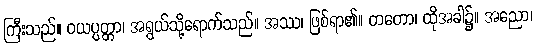
ကြီးသည်။ ဝယပ္ပတ္တာ၊ အရွယ်သို့ရောက်သည်။ အဿ၊ ဖြစ်ရာ၏။ တတော၊ ထိုအခါ၌။ အညော၊